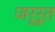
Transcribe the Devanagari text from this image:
जरूरूत